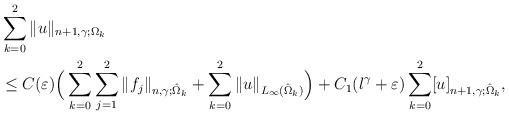
LaTeX: \begin{align*}&\sum_{k=0}^2\|u\|_{n+1,\gamma;\Omega_k}\\&\le C(\varepsilon)\Big(\sum_{k=0}^2\sum_{j=1}^2\|f_j\|_{n,\gamma;\hat{\Omega}_k}+\sum_{k=0}^2\|u\|_{L_\infty(\hat{\Omega}_k)}\Big)+C_1(l^\gamma+\varepsilon)\sum_{k=0}^2[u]_{n+1,\gamma;\hat{\Omega}_k},\end{align*}